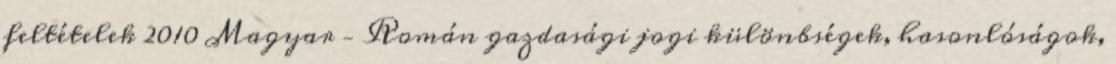
feltételek 2010 Magyar – Román gazdasági jogi különbségek, hasonlóságok,